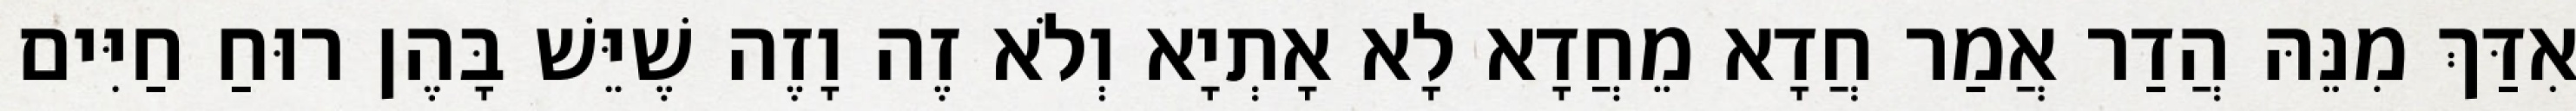
אִדַּךְ מִנֵּהּ הֲדַר אֲמַר חֲדָא מֵחֲדָא לָא אָתְיָא וְלֹא זֶה וָזֶה שֶׁיֵּשׁ בָּהֶן רוּחַ חַיִּים